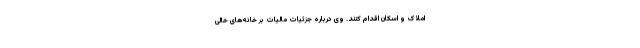
املاک و اسکان اقدام کنند. وی درباره جزئیات مالیات بر خانه‌های خالی